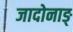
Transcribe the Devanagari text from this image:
जादोनाङ्